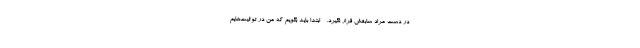
در دست مراد سابقش قرار نگیرد. - ابتدا باید بگویم که من در توئیت‌هایم